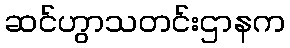
ဆင်ဟွာသတင်းဌာနက